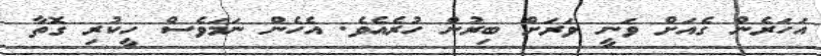
އަހަރެން ގެއަށް ވަނީ ވަރަށް ބިރުން ހުރެއެވެ. އެހެން ނަމަވެސް ހީކުރި ގޮތާ